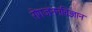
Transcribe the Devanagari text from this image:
रोगजननविज्ञान